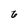
Character: 6